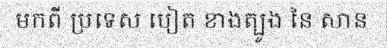
មកពី ប្រទេស បៀត ខាងត្បូង នៃ សាន